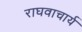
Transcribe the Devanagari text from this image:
राघवाचार्य